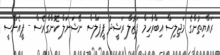
ރައްޔިތުންގެ މަޖިލިސް އިބްރާހިމް ފަޒުލް ރަޝީދު ޕީޕަލްސް ނޭޝަނަލް ކޮންގްރެސް - ޕީއެންސީ